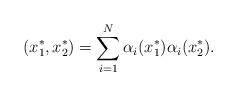
LaTeX: \begin{align*}(x_1^*,x_2^*)=\sum_{i=1}^N\alpha_i(x_1^*)\alpha_i(x_2^*). \end{align*}